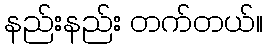
နည်းနည်း တက်တယ်။